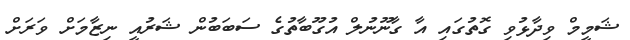
ޝަމީމް ވިދާޅުވި ގޮތުގައި އާ ގާނޫނުލް އުގޫބާތުގެ ސަބަބުން ޝަރުއީ ނިޒާމަށް ވަރަށް